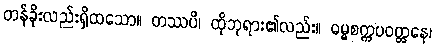
တန်ခိုးလည်းရှိထသော။ တဿပိ၊ ထိုဘုရား၏လည်း။ ဓမ္မစက္ကပဝတ္တနေ၊